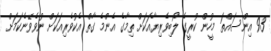
93 އިންސައްތަ މީހުން ކުރީގެ ލޯބިވެރިޔާއަކަށް ތިމާގެ އެންމެ ގާތް އެކުވެރިއަކަށް ނުވެވޭނެކަމަށް